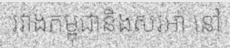
រវាងកម្ពុជានិងសរអា នៅ